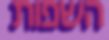
השפות